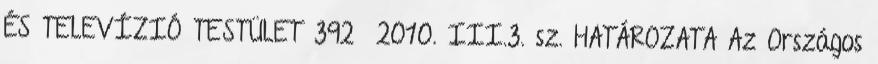
ÉS TELEVÍZIÓ TESTÜLET 392 2010. III.3. sz. HATÁROZATA Az Országos